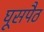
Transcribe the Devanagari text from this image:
घूसपैठ